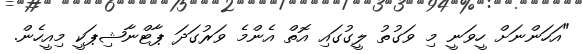
"އަހަންނަށް ހީވަނީ މި ވަގުތު ލީގުގައި އޮތް އެންމެ ވަރުގަދަ ޕާޓްނާޝިޕަކީ މިއީހެން.